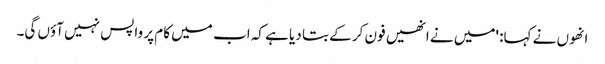
انھوں نے کہا: 'میں نے انھیں فون کر کے بتا دیا ہے کہ اب میں کام پر واپس نہیں آؤں گی۔